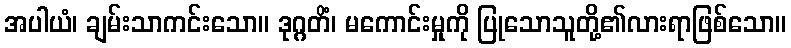
အပါယံ၊ ချမ်းသာကင်းသော။ ဒုဂ္ဂတိံ၊ မကောင်းမှုကို ပြုသောသူတို့၏လားရာဖြစ်သော။